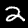
Digit: 2